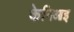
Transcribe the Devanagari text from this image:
केनिआइ